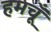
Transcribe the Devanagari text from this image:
हमचूँ